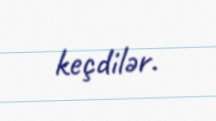
keçdilər.